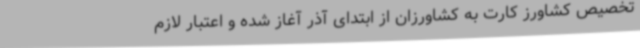
تخصیص کشاورز کارت به کشاورزان از ابتدای آذر آغاز شده و اعتبار لازم